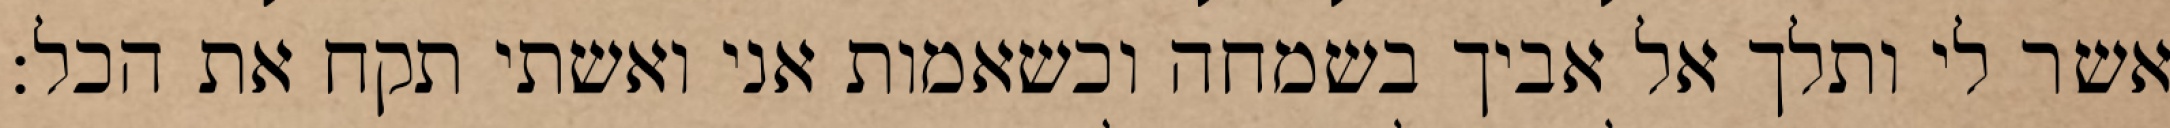
אשר לי ותלך אל אביך בשמחה וכשאמות אני ואשתי תקח את הכל: